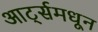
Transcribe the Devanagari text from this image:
आर्ट्समधून